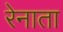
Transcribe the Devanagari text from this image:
रेनाता